Annual report on the lock hospitals of the Madras Presidency
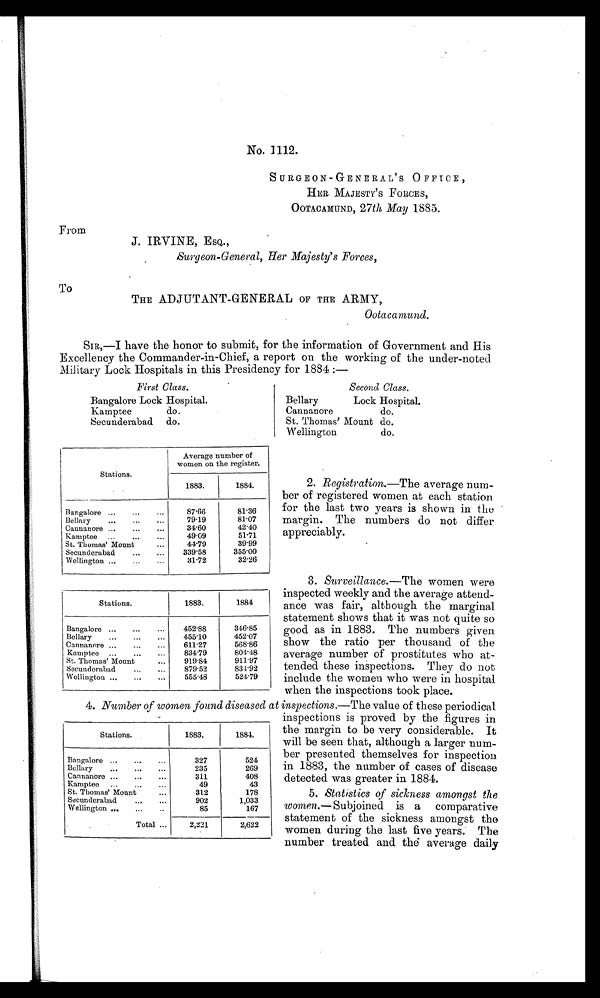
No. 1112.
SURGEON-GENERAL ' S OFFICE,
HER MAJESTY'S FORCES,
OOTACAMUND, 27th May 1885.
From
J. IRVINE, ESQ.,
Surgeon-General, Her Majesty's Forces,
To
THE ADJUTANT-GENERAL OF THE ARMY,
Ootacamund.
SIR.,—I have the honor to submit, for the information of Government and His
Excellency the Commander-in-Chief, a report on the working of the under-noted
Military Lock Hospitals in this Presidency for 1884 :—
First Class.
Second Class.
Bangalore Lock Hospital.
Bellary
Lock Hospital.
Kamptee
do.
Cannanore
do.
Secunderabad do.
St. Thomas' Mount do.
Wellington
do.
Stations.
Average number of
women on the register.
1883.
1884.
Bangalore . . .
. . . 87· 66
8 1 · 3 6
Bellary ... ... ... 79·19 8 1 · 0 7
Cannanore ... . . . ... 34·60
4 2 · 4 0
Kamptee ... ... ... 49·09 5 1 · 7 1
St. Thomas' Mount
44·79 3 9 · 9 9
Secunderabad . . . ... 339· 58
355· 00
Wellington ... . . . . . . 31· 72
3 2 · 2 6
Stations.
1883.
1884
Bangalore ... . . . . . . 452· 88
346·85
Bellary
. . . . . . 455· 10
452·07
Cannanore ... ... ... 611· 27
568·86
Kamptee ... ... ... 834· 79
804·48
St. Thomas' Mount ... 919· 84
911·97
Secunderabad . . . ... 879· 52
834·92
Wellington ... ... ... 555· 48
524·79
2.Registration.—The average num-
ber of registered women at each station
for the last two years is shown in the
margin. The numbers do not differ
appreciably.
3.Surveillance.—The women were
inspected weekly and the average attend-
ance was fair, although the marginal
statement shows that it was not quite so
good as in 1883. The numbers giver
show the ratio per thousand of the
average number of prostitutes who at-.
tended these inspections. They do not,
include the women who were in hospital
when the inspections took place.
4. Number of women found diseased at inspections.—The value of these periodical
inspections is proved by the figures in
the margin to be very considerable. It
will be seen that, although a larger num-
ber presented themselves for inspection
in 1883, the number of cases of disease
detected was greater in 1884.
5. Statistics of sickness amongst the
women.— Subjoined is a comparative
statement of the sickness amongst the
women during the last five years. The
number treated and the average daily
Stations.
1883.
1884.
Bangalore ... . . . ... 327
524
Bellary ... . . . ... 235
269
Cannanore ... . . . ... 311
408
Kamptee . . . . ...
49
43
St. Thomas' Mount . . . 312
178
Secunderabad . . . . . . 902
1, 033
Wellington . . . . .
85
167
Total ... 2, 221
2, 622